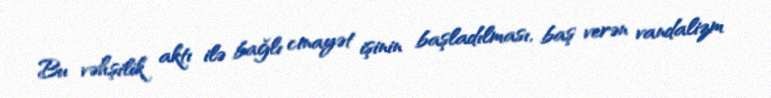
Bu vəhşilik aktı ilə bağlı cinayət işinin başladılması, baş verən vandalizm